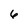
Character: 6